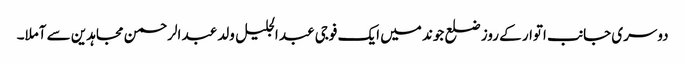
دوسری جانب اتوار کے روز ضلع جوند میں ایک فوجی عبد الجلیل ولد عبد الرحمن مجاہدین سے آملا۔